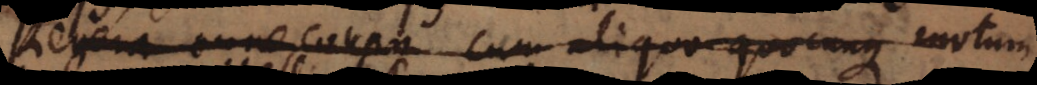
Revera omne corpus cum aliquo quocunque motum